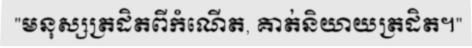
"មនុស្សត្រដិតពីកំណើត, គាត់និយាយត្រដិត។"